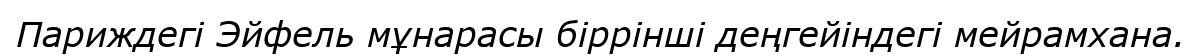
Париждегі Эйфель мұнарасы біррінші деңгейіндегі мейрамхана.